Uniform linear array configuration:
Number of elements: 64
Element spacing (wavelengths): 1
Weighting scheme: binomial
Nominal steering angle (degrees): -15
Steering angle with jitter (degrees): -15.476
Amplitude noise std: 0.05
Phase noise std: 0.05

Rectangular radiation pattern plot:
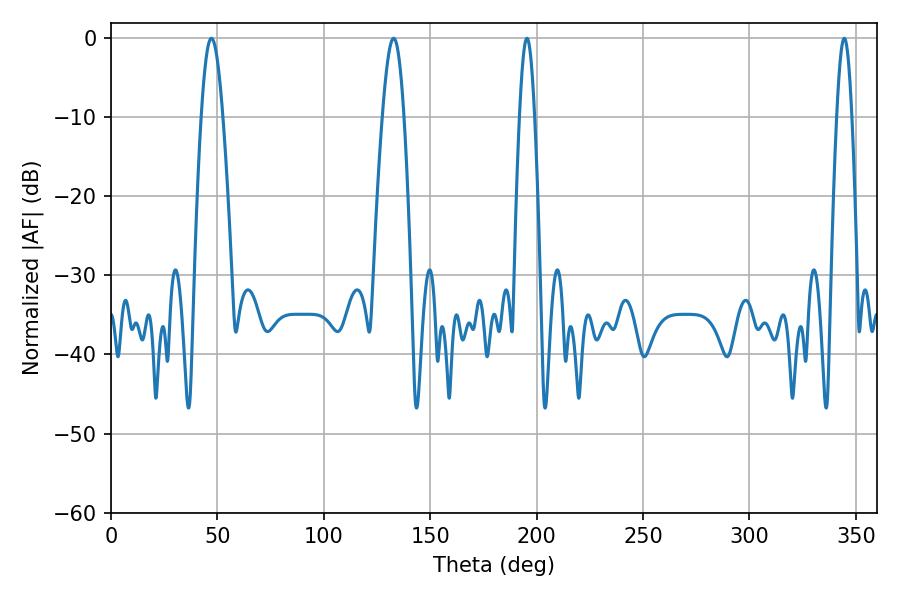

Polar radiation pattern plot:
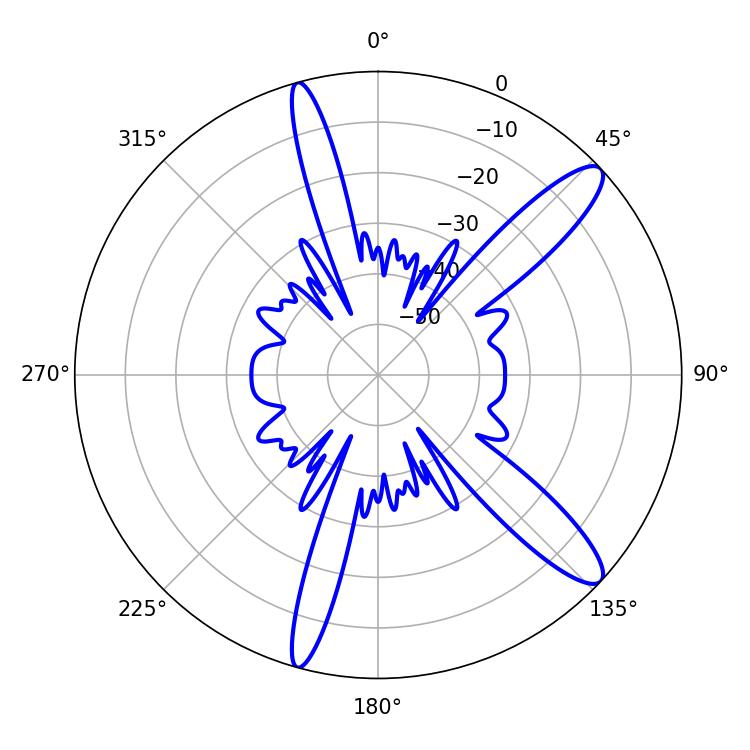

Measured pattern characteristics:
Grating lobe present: TRUE
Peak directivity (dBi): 12.424
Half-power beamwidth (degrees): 5.4
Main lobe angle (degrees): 47.16